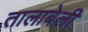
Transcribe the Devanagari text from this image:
तालाबेली